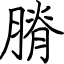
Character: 膌